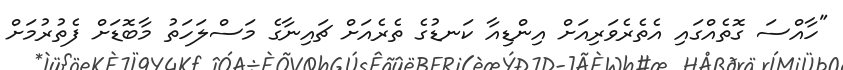
"ހާއްސަ ގޮތެއްގައި އެތެރެވަރިއަށް އިންޑިއާ ކަނޑުގެ ތެރެއަށް ޗައިނާގެ މަސްލަހަތު މާބޮޑަށް ފެތުރުމަށް